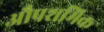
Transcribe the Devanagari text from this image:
औपशमिक